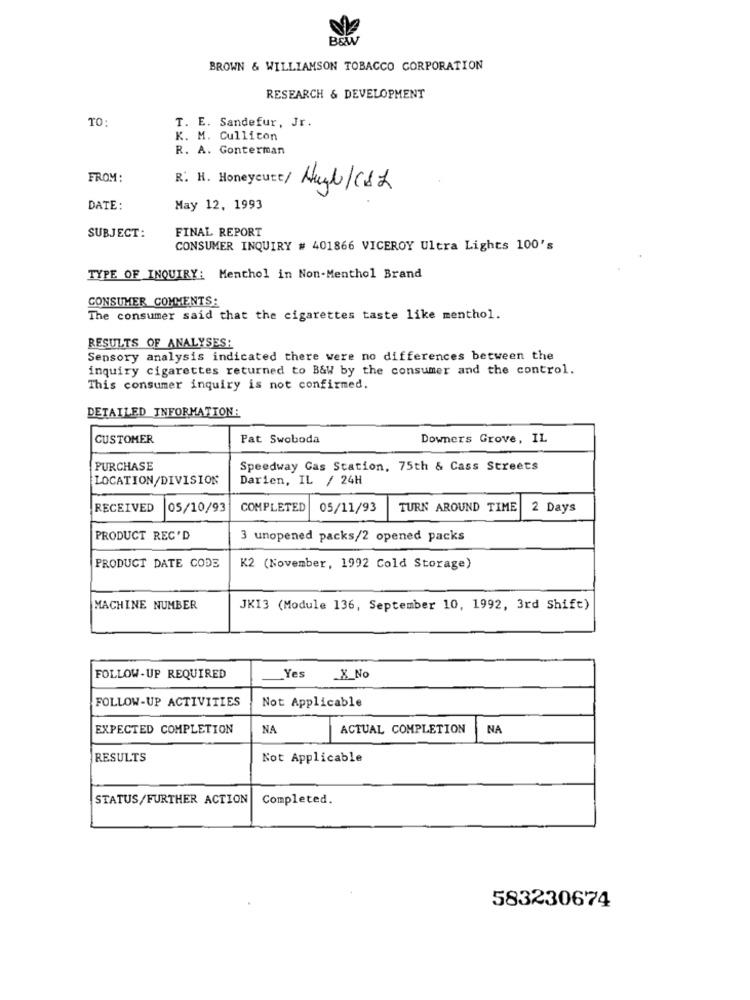
B&W
BROWN & WILLIAMSON TOBACCO CORPORATION
RESEARCH & DEVELOPMENT
TO:
T. E. Sandefur, Jr.
K. M. Cullicon
R. A. Gonterman
FROM:
R: H. Honeycutt/
DATE:
May 12, 1993
FINAL REPORT
SUBJECT:
CONSUMER INQUIRY # 401866 VICEROY Ultra Lights 100's
TYPE OF INQUIRY: Menthol in Non-Menthol Brand
CONSUMER COMMENTS:
The consumer said that the cigarettes taste like menthol.
RESULTS OF ANALYSES:
Sensory analysis indicated there were no differences between the
inquiry cigarettes returned to B&W by the consumer and the control.
This consumer inquiry is not confirmed.
DETAILED INFORMATION:
CUSTOMER
Pat Swoboda
Downers Grove, IL
PURCHASE
Speedway Gas Station, 75th & Cass Streets
LOCATION/DIVISION
Darien, IL / 24H
RECEIVED
05/10/93
COMPLETED
05/11/93
TURN AROUND TIME
2 Days
PRODUCT REC'D
3 unopened packs/2 opened packs
PRODUCT DATE CODE
K2 (November, 1992 Cold Storage)
MACHINE NUMBER
JKI3 (Module 136, September 10, 1992, 3rd Shift)
FOLLOW-UP REQUIRED
Yes
_X_No
FOLLOW-UP ACTIVITIES
Not Applicable
EXPECTED COMPLETION
NA
ACTUAL COMPLETION
NA
RESULTS
Not Applicable
STATUS/FURTHER ACTION
Completed.
583230674